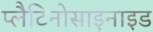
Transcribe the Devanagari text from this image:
प्लैटिनोसाइनाइड